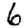
Digit: 6